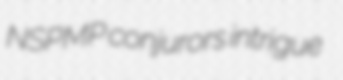
NSPMP conjurors intrigue